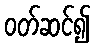
ဝတ်ဆင်၍